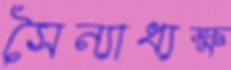
সৈন্যাধ্যক্ষ